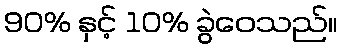
90% နှင့် 10% ခွဲဝေသည်။